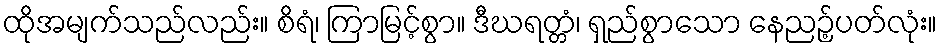
ထိုအမျက်သည်လည်း။ စိရံ၊ ကြာမြင့်စွာ။ ဒီဃရတ္တံ၊ ရှည်စွာသော နေညဉ့်ပတ်လုံး။